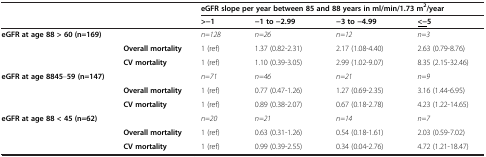
| <ROWSPAN=2-COLSPAN=2>  | <COLSPAN=4> eGFR slope per year between 85 and 88 years in ml/min/1.73 m2/year |
 | >-1 | -1 to -2.99 | -3 to -4.99 | <underline><-</underline>5 |
 | --- | --- | --- | --- | --- | --- |
 | <ROWSPAN=3> eGFR at age 88 > 60 (n=169) |  | n=128 | n=26 | n=12 | n=3 |
 | Overall mortality | 1 (ref) | 1.37 (0.82-2.31) | 2.17 (1.08-4.40) | 2.63 (0.79-8.76) |
 | CV mortality | 1 (ref) | 1.10 (0.39-3.05) | 2.99 (1.02-9.07) | 8.35 (2.15-32.46) |
 | <ROWSPAN=3> eGFR at age 8845–59 (n=147) |  | n=71 | n=46 | n=21 | n=9 |
 | Overall mortality | 1 (ref) | 0.77 (0.47-1.26) | 1.27 (0.69-2.35) | 3.16 (1.44-6.95) |
 | CV mortality | 1 (ref) | 0.89 (0.38-2.07) | 0.67 (0.18-2.78) | 4.23 (1.22-14.65) |
 | <ROWSPAN=3> eGFR at age 88 < 45 (n=62) |  | n=20 | n=21 | n=14 | n=7 |
 | Overall mortality | 1 (ref) | 0.63 (0.31-1.26) | 0.54 (0.18-1.61) | 2.03 (0.59-7.02) |
 | CV mortality | 1 (ref) | 0.99 (0.39-2.55) | 0.34 (0.04-2.76) | 4.72 (1.21-18.47) |